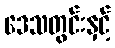
ဒေသတွင်းနှင့်